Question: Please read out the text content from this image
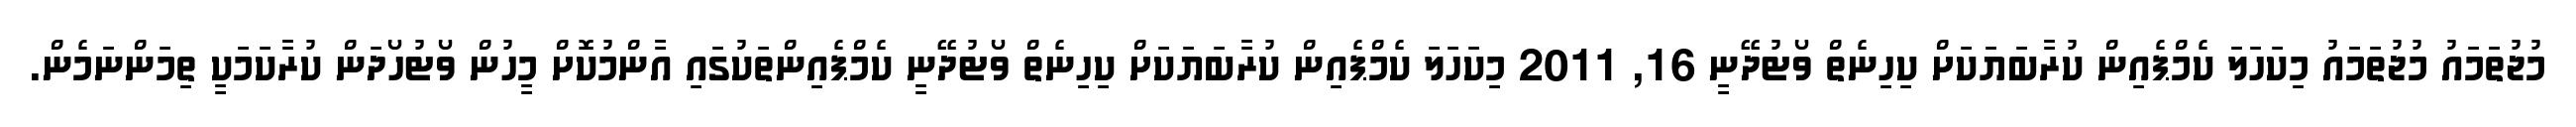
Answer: މުޖުތަމައު މުޖުތަމައު މިކަހަލަ ކެމްޕެއިން ކުރާބަޔަކަށް ކިހިނެތް ވޯޓުދޭނީ 16, 2011 މިކަހަލަ ކެމްޕެއިން ކުރާބަޔަކަށް ކިހިނެތް ވޯޓުދޭނީ ކެމްޕެއިންތަކުގައި އާންމުކޮށް މީހުން ވޯޓުހޯދަން ކުރާކަމަކީ ތިމަންނަމެން.